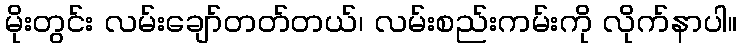
မိုးတွင်း လမ်းချော်တတ်တယ်၊ လမ်းစည်းကမ်းကို လိုက်နာပါ။